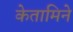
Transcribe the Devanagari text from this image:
केतामिने